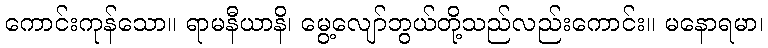
ကောင်းကုန်သော။ ရာမနီယာနိ၊ မွေ့လျော်ဘွယ်တို့သည်လည်းကောင်း။ မနောရမာ၊